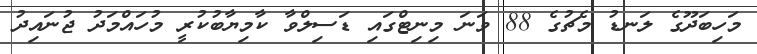
މަހިބަދޫގެ ލަނޑު މެޗުގެ 88 ވަނަ މިނިޓްގައި ޑަސިލްވާ ކާމިޔާބުކުރީ މުހައްމަދު ޖުނައިދު